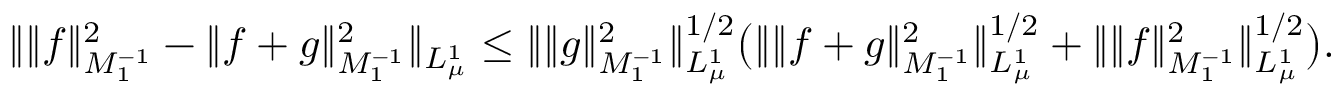
\begin{array} { r l } & { \Vert \Vert f \Vert _ { M _ { 1 } ^ { - 1 } } ^ { 2 } - \Vert f + g \Vert _ { M _ { 1 } ^ { - 1 } } ^ { 2 } \Vert _ { L _ { \mu } ^ { 1 } } \leq \Vert \Vert g \Vert _ { M _ { 1 } ^ { - 1 } } ^ { 2 } \Vert _ { L _ { \mu } ^ { 1 } } ^ { 1 / 2 } \bigr ( \Vert \Vert f + g \Vert _ { M _ { 1 } ^ { - 1 } } ^ { 2 } \Vert _ { L _ { \mu } ^ { 1 } } ^ { 1 / 2 } + \Vert \Vert f \Vert _ { M _ { 1 } ^ { - 1 } } ^ { 2 } \Vert _ { L _ { \mu } ^ { 1 } } ^ { 1 / 2 } \bigr ) . } \end{array}